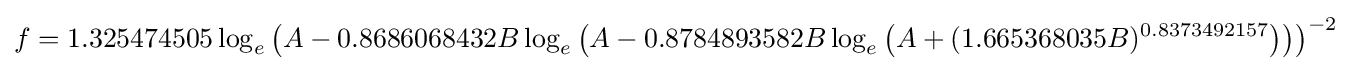
f=1.325474505\log _{e}\left(A-0.8686068432B\log _{e}\left(A-0.8784893582B\log _{e}\left(A+(1.665368035B)^{0.8373492157}\right)\right)\right)^{-2}